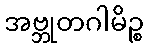
အဗ္ဘုတဂါမိဉ္စ